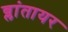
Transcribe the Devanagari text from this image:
ब्लांतायर